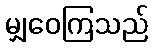
မျှဝေကြသည်